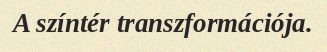
A színtér transzformációja.